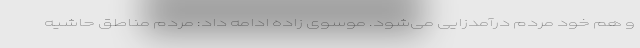
و هم خود مردم درآمدزایی می‌شود. موسوی زاده ادامه داد: مردم مناطق حاشیه